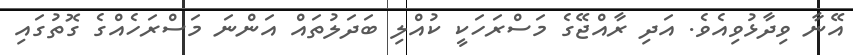
އޭނާ ވިދާޅުވިއެވެ. އަދި ރާއްޖޭގެ މަސްރަހަކީ ކުއްލި ބަދަލުތައް އަންނަ މަސްރަހެއްގެ ގޮތުގައި